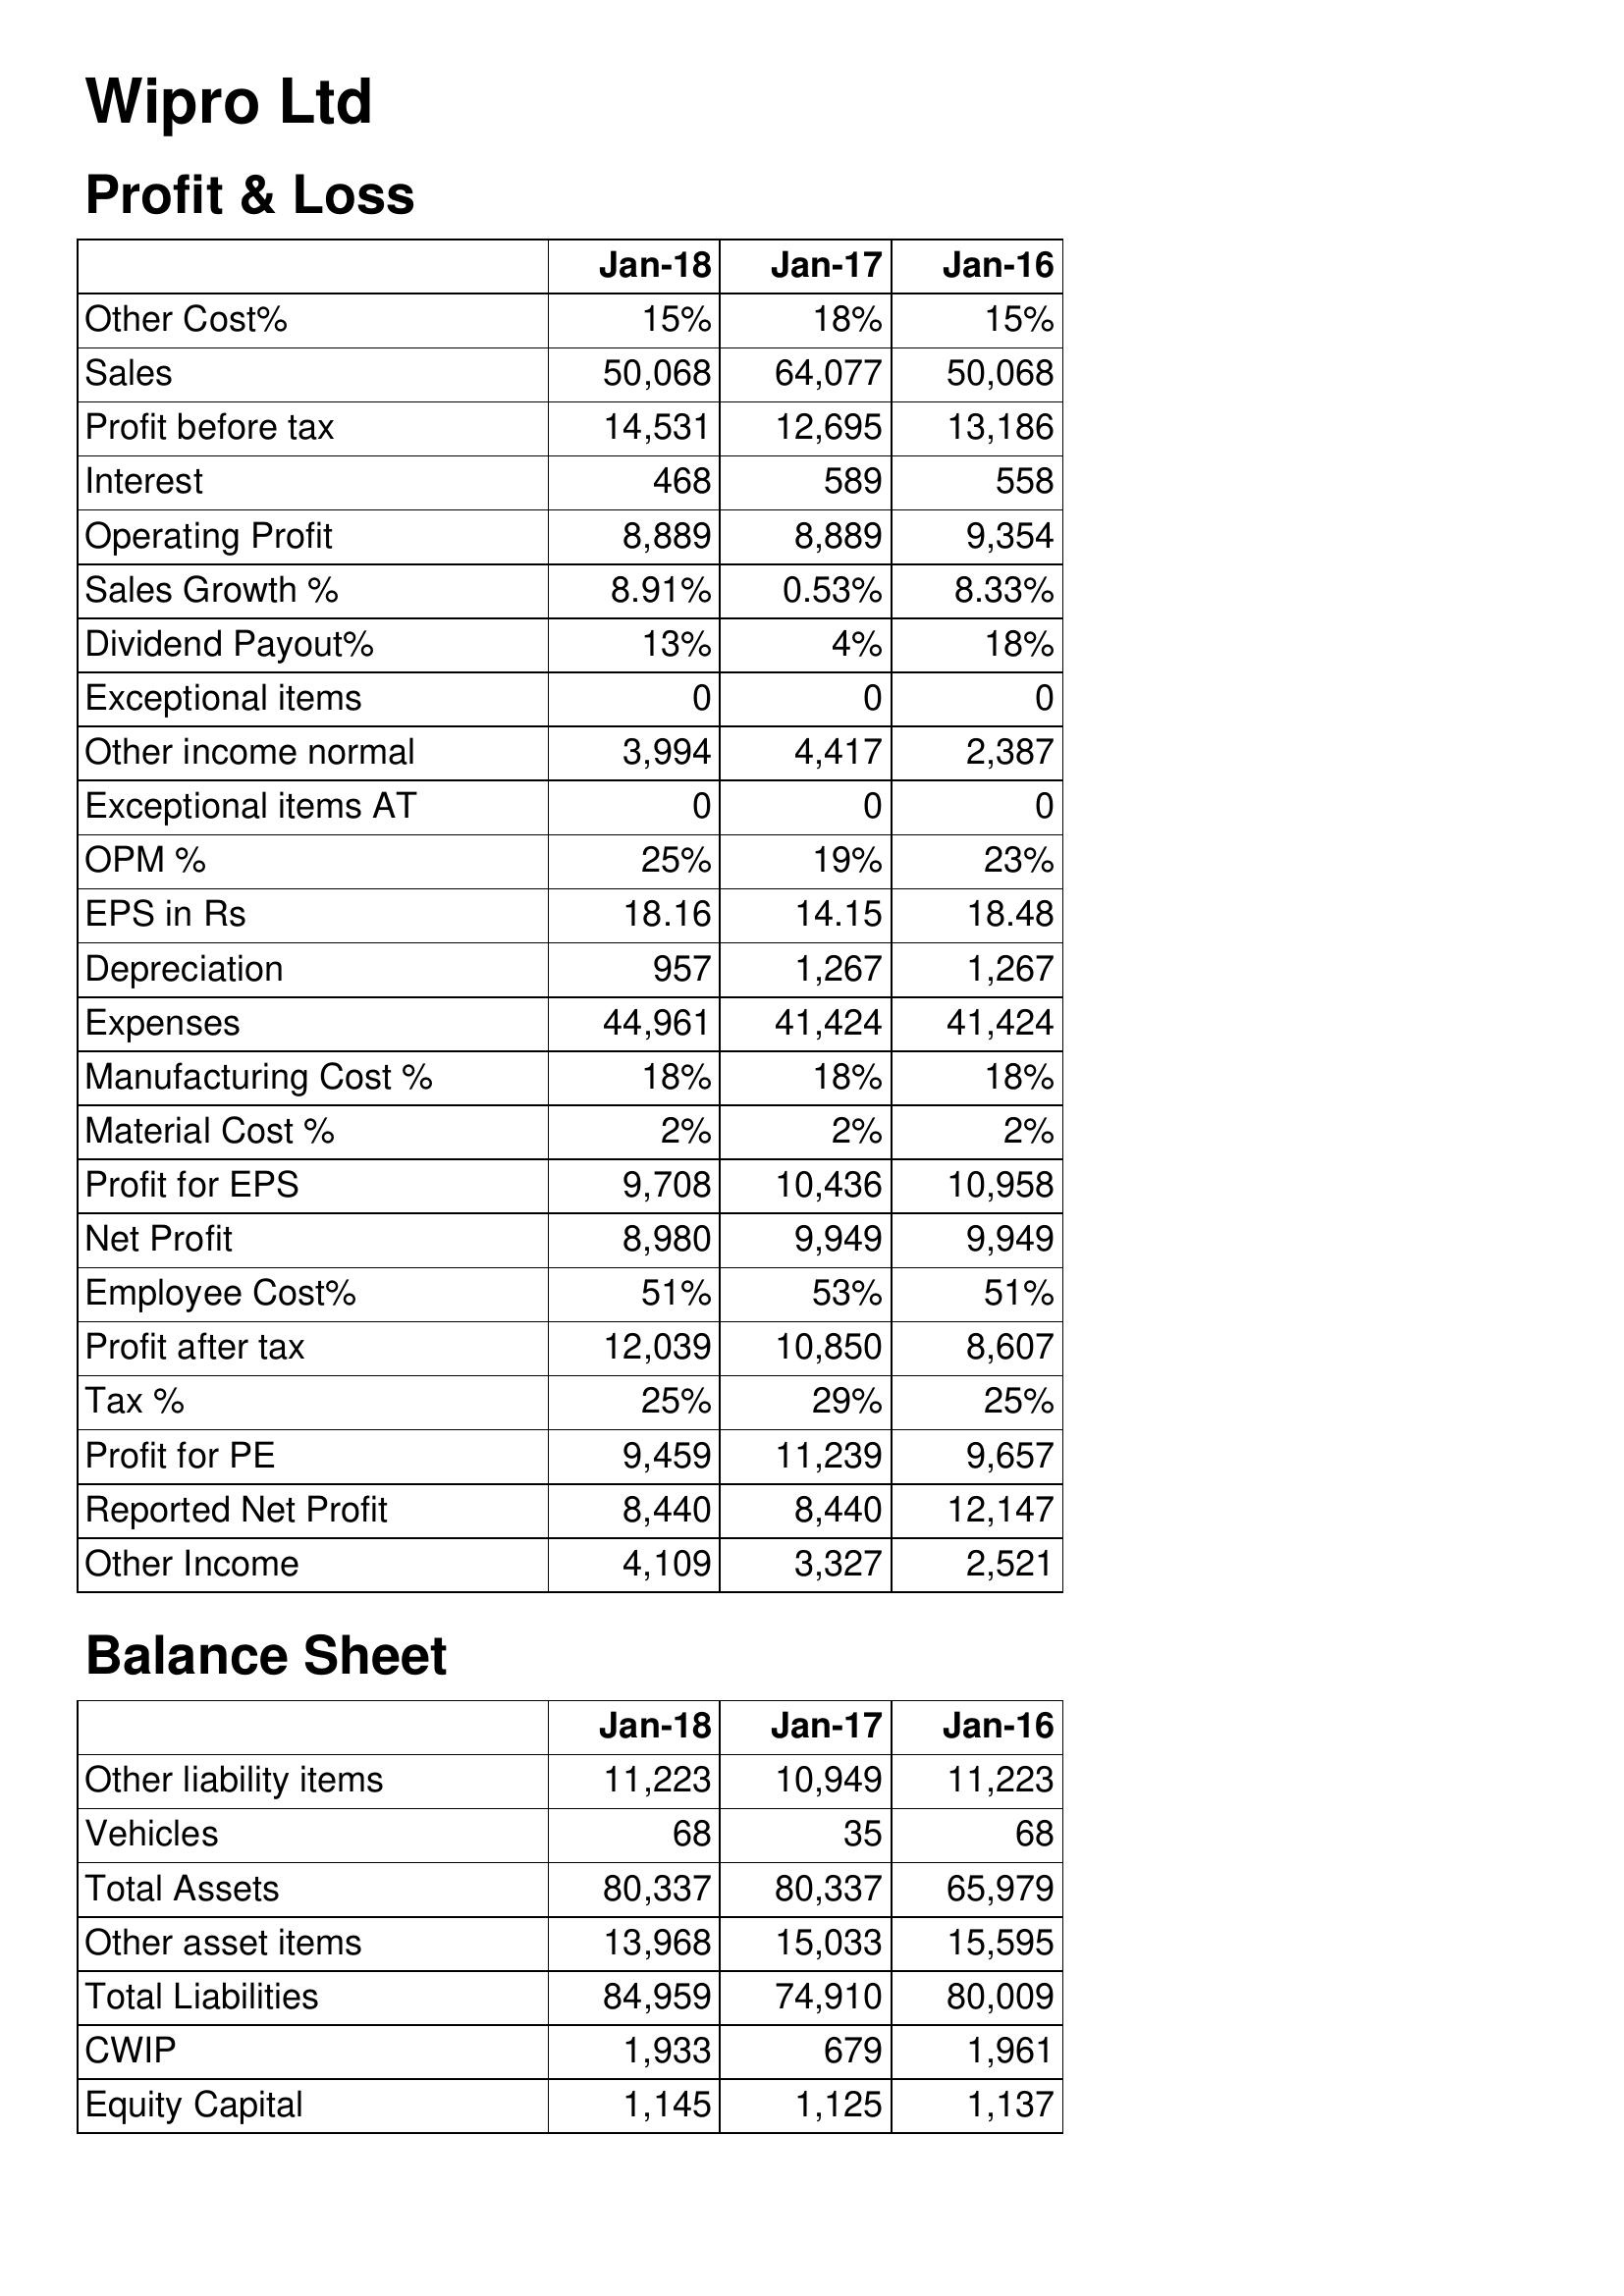
Jan-18: Profit & Loss: Other Cost%: 15%
Sales: 50,068
Profit before tax: 14,531
Interest: 468
Operating Profit: 8,889
Sales Growth %: 8.91%
Dividend Payout%: 13%
Exceptional items: 0
Other income normal: 3,994
Exceptional items AT: 0
OPM %: 25%
EPS in Rs: 18.16
Depreciation: 957
Expenses: 44,961
Manufacturing Cost %: 18%
Material Cost %: 2%
Profit for EPS: 9,708
Net Profit: 8,980
Employee Cost%: 51%
Profit after tax: 12,039
Tax %: 25%
Profit for PE: 9,459
Reported Net Profit: 8,440
Other Income: 4,109
Balance Sheet: Other liability items: 11,223
Vehicles: 68
Total Assets: 80,337
Other asset items: 13,968
Total Liabilities: 84,959
CWIP: 1,933
Equity Capital: 1,145
Jan-17: Profit & Loss: Other Cost%: 18%
Sales: 64,077
Profit before tax: 12,695
Interest: 589
Operating Profit: 8,889
Sales Growth %: 0.53%
Dividend Payout%: 4%
Exceptional items: 0
Other income normal: 4,417
Exceptional items AT: 0
OPM %: 19%
EPS in Rs: 14.15
Depreciation: 1,267
Expenses: 41,424
Manufacturing Cost %: 18%
Material Cost %: 2%
Profit for EPS: 10,436
Net Profit: 9,949
Employee Cost%: 53%
Profit after tax: 10,850
Tax %: 29%
Profit for PE: 11,239
Reported Net Profit: 8,440
Other Income: 3,327
Balance Sheet: Other liability items: 10,949
Vehicles: 35
Total Assets: 80,337
Other asset items: 15,033
Total Liabilities: 74,910
CWIP: 679
Equity Capital: 1,125
Jan-16: Profit & Loss: Other Cost%: 15%
Sales: 50,068
Profit before tax: 13,186
Interest: 558
Operating Profit: 9,354
Sales Growth %: 8.33%
Dividend Payout%: 18%
Exceptional items: 0
Other income normal: 2,387
Exceptional items AT: 0
OPM %: 23%
EPS in Rs: 18.48
Depreciation: 1,267
Expenses: 41,424
Manufacturing Cost %: 18%
Material Cost %: 2%
Profit for EPS: 10,958
Net Profit: 9,949
Employee Cost%: 51%
Profit after tax: 8,607
Tax %: 25%
Profit for PE: 9,657
Reported Net Profit: 12,147
Other Income: 2,521
Balance Sheet: Other liability items: 11,223
Vehicles: 68
Total Assets: 65,979
Other asset items: 15,595
Total Liabilities: 80,009
CWIP: 1,961
Equity Capital: 1,137